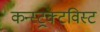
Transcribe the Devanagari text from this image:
कन्स्ट्रक्टविस्ट